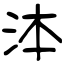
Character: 泍